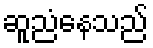
ဆူညံနေသည်